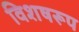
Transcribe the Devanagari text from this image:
विशषरूप